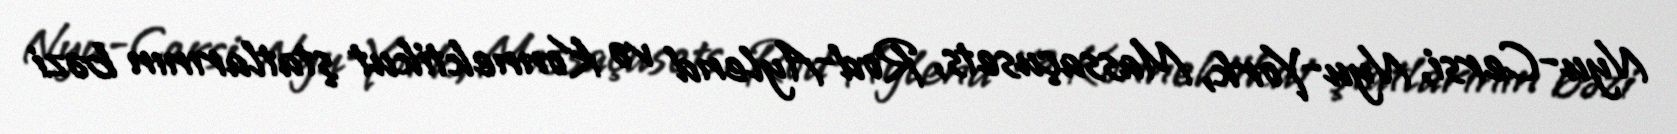
Nyu-Cersi, Nyu-York, Massaçusets, Rod-Aylend və Konnektikut ştatlarının bəzi